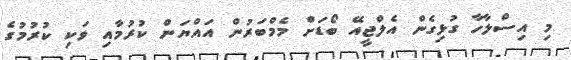
މި އިސްލާހާ ގުޅިގެން އެލްޖީއޭ ބޯޑަށް މެމްބަރުން އައްޔަން ކުރުމާއި ވަކި ކުރުމުގެ